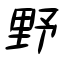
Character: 野